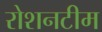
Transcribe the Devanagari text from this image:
रोशनटीम